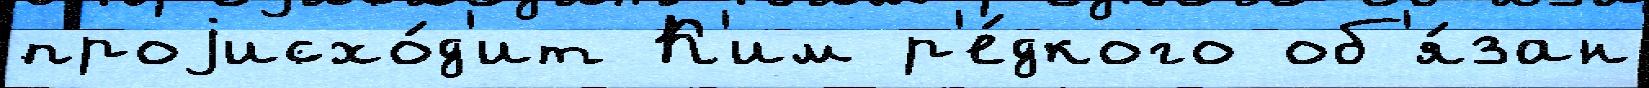
проjисхо́д'ит К'им р'е́дкого об'я́зан